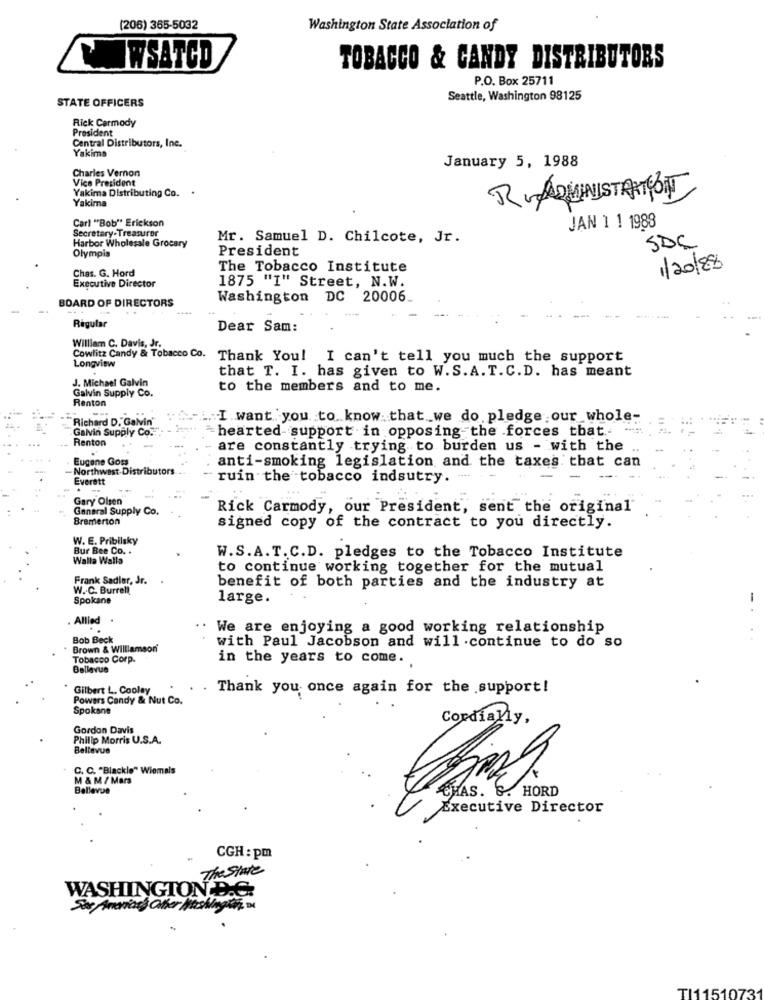
(206) 365-5032
Washington State Association of
IWSATCD
TOBACCO & CANDY DISTRIBUTORS
P.O. Box 25711
STATE OFFICERS
Seattle, Washington 98125
Rick Carmody
President
Central Distributors, Inc.
Yakima
Charles Vernon
January 5, 1988
Vice President
Yakima Distributing Co.
Yakima
Carl "Bob" Erickson
Secretary-Treasurer
JAN 1 1 1988
Harbor Wholesale Grocary
Mr. Samuel D. Chilcote, Jr.
Olympis
President
SDC
Chas. G. Hord
The Tobacco Institute
1/20/8
1875 "I" Street, N.W.
Executive Director
Washington DC 20006
BOARD OF DIRECTORS
----
Régular
Dear Sam:
William C. Davis, Jr.
Cowlitz Candy & Tobacco Co. Thank You! I can't tell you much the support
Longview
that T. I. has given to W.S.A. T.C.D. has meant
J. Michael Galvin
Galvin Supply Co.
to the members and to me.
Renton
Richard D. Galvin'
.. I want you to know that we do pledge our whole-
Galvin Supply Co.
hearted support in opposing the forces that .-
Renton
are constantly trying to burden us - with the
Eugene Goss
anti-smoking legislation and the taxes that can
-Northwest Distributors
Everett
ruin the tobacco indsutry.
Gary Olsen
General Supply Co.
Rick Carmody, our President, sent the original
Bremerton
signed copy of the contract to you directly.
W. E. Pribilsky
Bur Bee Co. .
Walla Walla
W.S.A.T. C.D. pledges to the Tobacco Institute
to continue working together for the mutual
Frank Sadler, Jr.
W .. C. Burrell
benefit of both parties and the industry at
Spokane
large.
-
Allied
. We are enjoying a good working relationship
Bob Beck
Brown & Williamson
with Paul Jacobson and will .continue to do so
Tobacco Corp.
in the years to come.
Bellevue
Gilbert L. Cooley
Thank you once again for the support!
Powers Candy & Nut Co.
Spokane
Cordially,
Gordon Davis
Philip Morris U.S.A.
Bellevue
S
C. C. "Blackle" Wiemais
M & M / Mars
Bellevue
CHAS. G. HORD
Executive Director
CGH : pm
The state
WASHINGTON D.C.
TI11510731